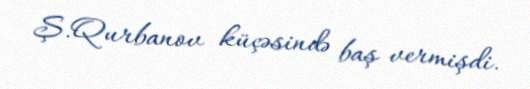
Ş.Qurbanov küçəsində baş vermişdi.